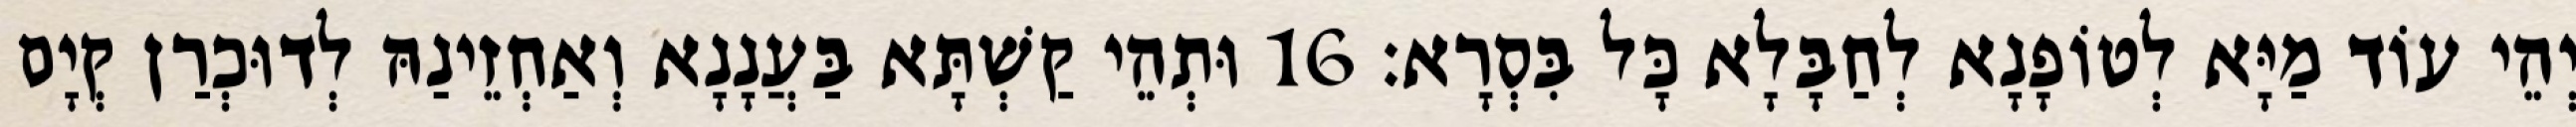
יְהֵי עוֹד מַיָּא לְטוֹפָנָא לְחַבָּלָא כָּל בִּסְרָא׃ 16 וּתְהֵי קַשְׁתָּא בַּעֲנָנָא וְאַחְזֵינַהּ לְדוּכְרַן קְיָם